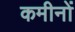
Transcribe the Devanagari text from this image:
कमीनों